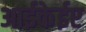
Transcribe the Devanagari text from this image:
आईकेईए